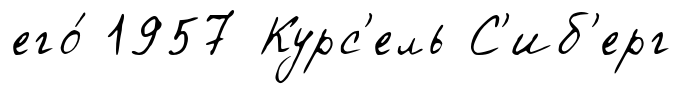
его́ 1957 Курс'ель С'иб'ерг